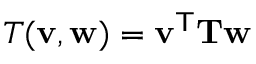
T ( \mathbf { v } , \mathbf { w } ) = \mathbf { v } ^ { \mathsf { T } } \mathbf { T } \mathbf { w }